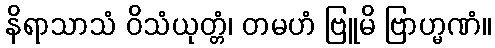
နိရာသာသံ ဝိသံယုတ္တံ၊ တမဟံ ဗြူမိ ဗြာဟ္မဏံ။